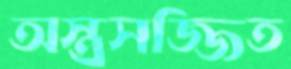
অস্ত্রসজ্জিত